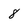
Character: 8